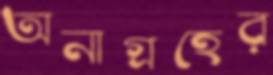
অনাগ্রহের